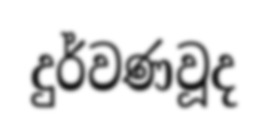
දුර්වණවූද